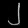
Digit: ၂